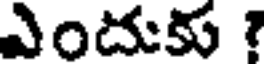
ఎందుకు ?